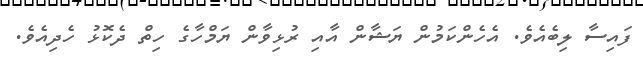
ފައިސާ ލިބެއެވެ. އެހެންކަމުން ޔަޝާން އާއި ރުޅިވާން ޔަމްހާގެ ހިތް ދެކޮޅު ހެދިއެވެ.